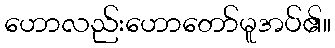
ဟောလည်းဟောတော်မူအပ်၏။